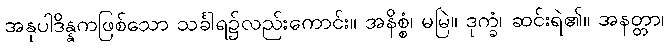
အနုပါဒိန္နကဖြစ်သော သင်္ခါရ၌လည်းကောင်း။ အနိစ္စံ၊ မမြဲ။ ဒုက္ခံ၊ ဆင်းရဲ၏။ အနတ္တာ၊